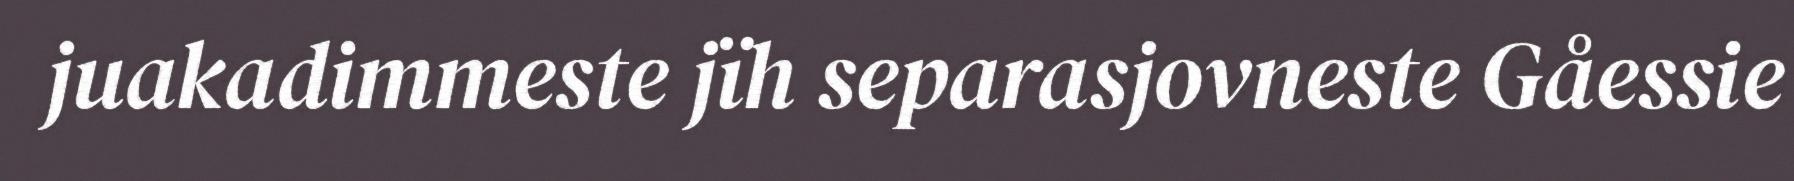
juakadimmeste jïh separasjovneste Gåessie